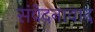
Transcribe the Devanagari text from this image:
संवेदनावाद